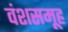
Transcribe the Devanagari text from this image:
वंशसमूह